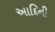
આદિની